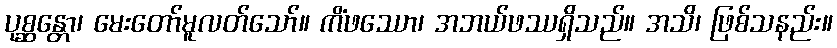
ပုစ္ဆန္တော၊ မေးတော်မူလတ်သော်။ ကိံဖဿော၊ အဘယ်ဖဿရှိသည်။ အသိ၊ ဖြစ်သနည်း။